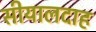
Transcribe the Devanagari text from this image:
सीयालदाह